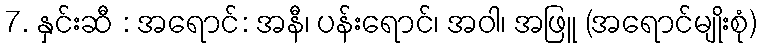
7. နှင်းဆီ : အရောင်: အနီ၊ ပန်းရောင်၊ အဝါ၊ အဖြူ (အရောင်မျိုးစုံ)